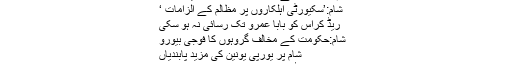
شام:’حکومت سے مذاکرات کا مطالبہ مایوس کن‘
شام:’سکیورٹی اہلکاروں پر مظالم کے الزامات ‘
ریڈ کراس کو بابا عمرو تک رسائی نہ ہو سکی
شام:حکومت کے مخالف گروہوں کا فوجی بیورو
شام پر یورپی یونین کی مزید پابندیاں
شام میں ریفرنڈم، تشدد کے واقعات میں تیس ہلاک